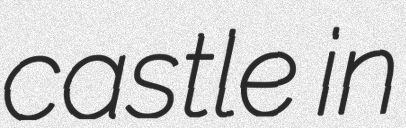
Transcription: castle in